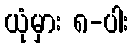
ယုံမှား ၈-ပါး